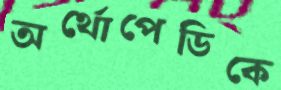
অর্থোপেডিকে